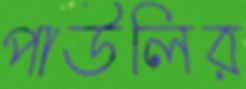
পাউলির